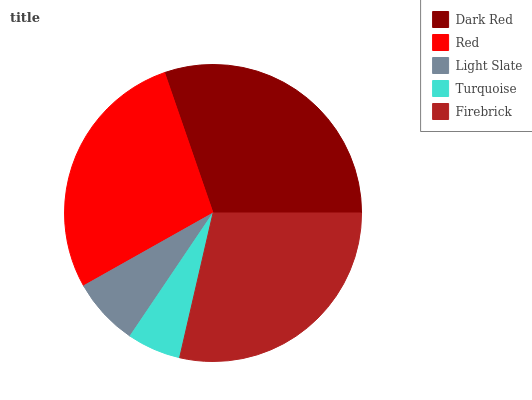
| Dark Red | Red | Light Slate | Turquoise | Firebrick |
 | --- | --- | --- | --- | --- |
 | 30.2% | 27.9% | 7.4% | 5.84% | 28.7% |